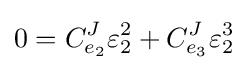
0=C_{e_{2}}^{J}\varepsilon _{2}^{2}+C_{e_{3}}^{J}\varepsilon _{2}^{3}